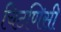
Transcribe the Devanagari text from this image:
चिटणिसी